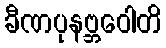
ခီဏပုနဗ္ဘဝေါတိ